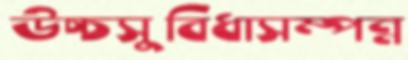
উচ্চসুবিধাসম্পন্ন